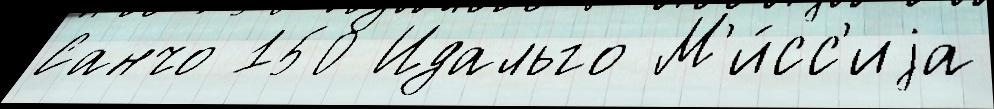
Санчо 150 Идальго М'и́сс'иjа